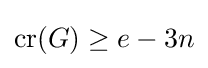
\operatorname {cr} (G)\geq e-3n